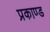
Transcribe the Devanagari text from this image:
प्रकाण्‍ड